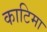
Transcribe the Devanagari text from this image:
काटिमा